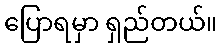
ပြောရမှာ ရှည်တယ်။